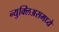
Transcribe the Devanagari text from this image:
न्युक्लिअसमध्ये